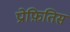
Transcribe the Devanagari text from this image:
प्रोफ़ितिस